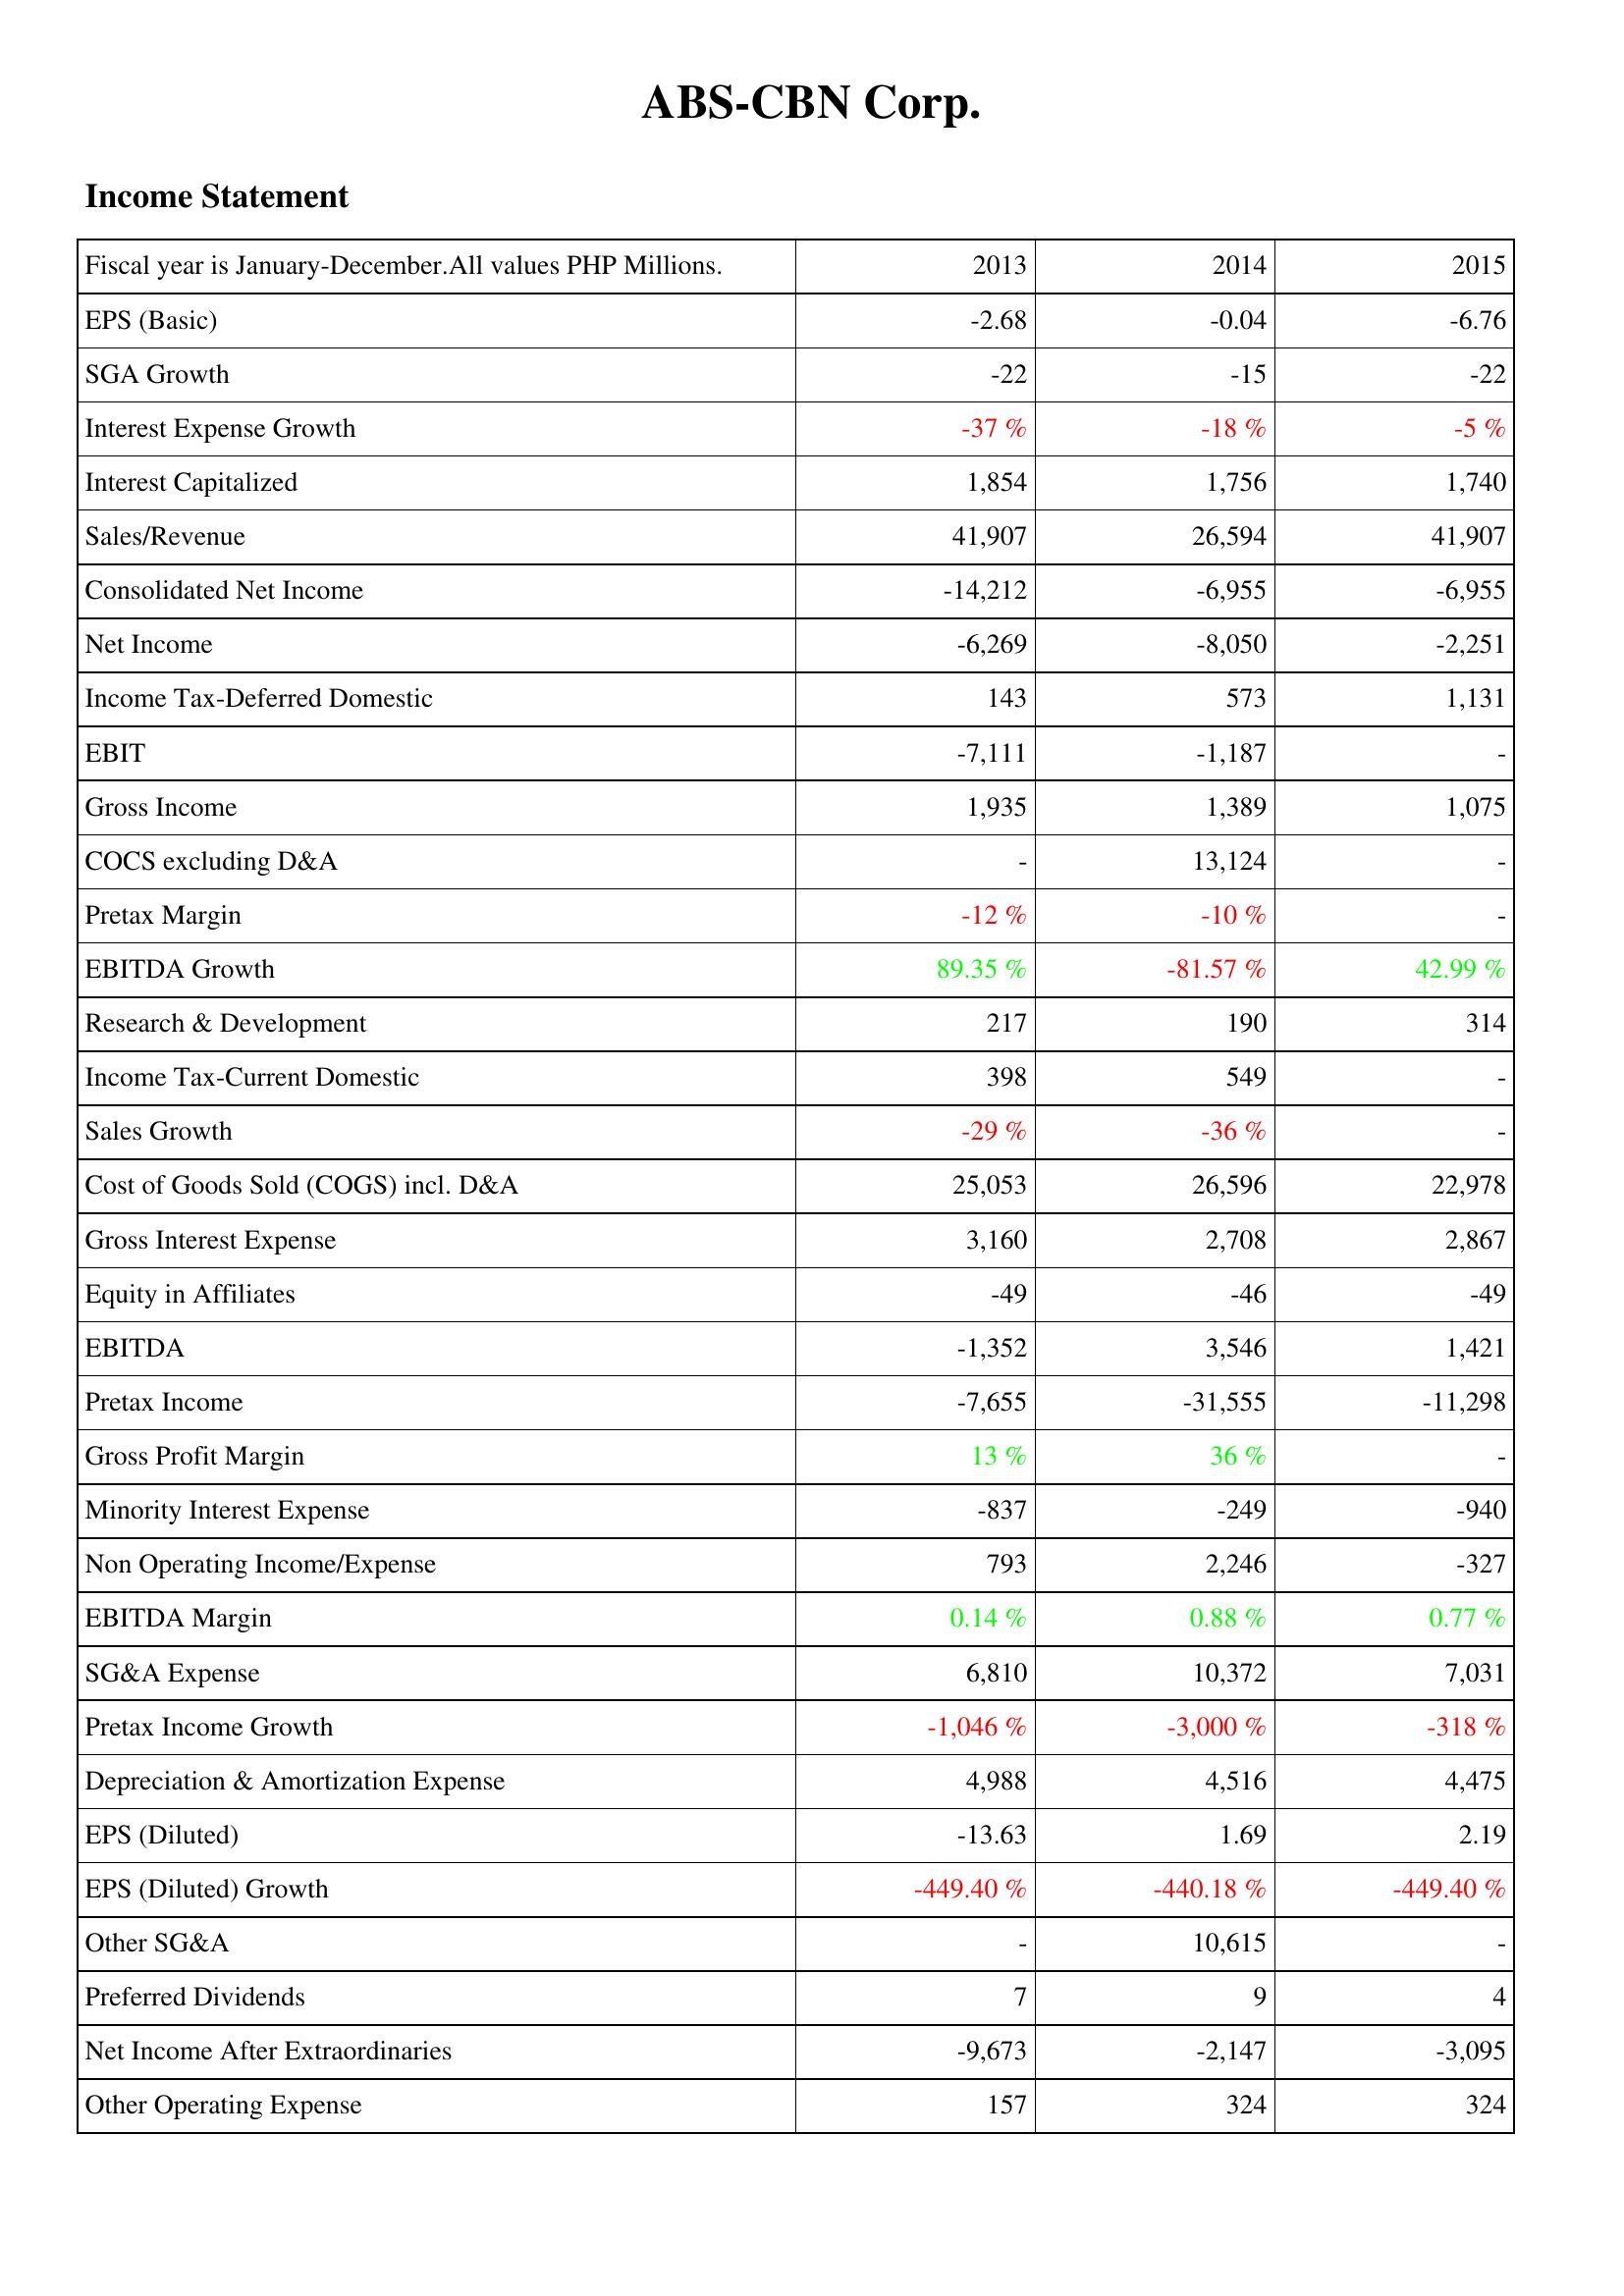
2013: Income Statement: EPS (Basic): -2.68
SGA Growth: -22
Interest Expense Growth: -37 %
Interest Capitalized: 1,854
Sales/Revenue: 41,907
Consolidated Net Income: -14,212
Net Income: -6,269
Income Tax-Deferred Domestic: 143
EBIT: -7,111
Gross Income: 1,935
COCS excluding D&A: -
Pretax Margin: -12 %
EBITDA Growth: 89.35 %
Research & Development: 217
Income Tax-Current Domestic: 398
Sales Growth: -29 %
Cost of Goods Sold (COGS) incl. D&A: 25,053
Gross Interest Expense: 3,160
Equity in Affiliates: -49
EBITDA: -1,352
Pretax Income: -7,655
Gross Profit Margin: 13 %
Minority Interest Expense: -837
Non Operating Income/Expense: 793
EBITDA Margin: 0.14 %
SG&A Expense: 6,810
Pretax Income Growth: -1,046 %
Depreciation & Amortization Expense: 4,988
EPS (Diluted): -13.63
EPS (Diluted) Growth: -449.40 %
Other SG&A: -
Preferred Dividends: 7
Net Income After Extraordinaries: -9,673
Other Operating Expense: 157
2014: Income Statement: EPS (Basic): -0.04
SGA Growth: -15
Interest Expense Growth: -18 %
Interest Capitalized: 1,756
Sales/Revenue: 26,594
Consolidated Net Income: -6,955
Net Income: -8,050
Income Tax-Deferred Domestic: 573
EBIT: -1,187
Gross Income: 1,389
COCS excluding D&A: 13,124
Pretax Margin: -10 %
EBITDA Growth: -81.57 %
Research & Development: 190
Income Tax-Current Domestic: 549
Sales Growth: -36 %
Cost of Goods Sold (COGS) incl. D&A: 26,596
Gross Interest Expense: 2,708
Equity in Affiliates: -46
EBITDA: 3,546
Pretax Income: -31,555
Gross Profit Margin: 36 %
Minority Interest Expense: -249
Non Operating Income/Expense: 2,246
EBITDA Margin: 0.88 %
SG&A Expense: 10,372
Pretax Income Growth: -3,000 %
Depreciation & Amortization Expense: 4,516
EPS (Diluted): 1.69
EPS (Diluted) Growth: -440.18 %
Other SG&A: 10,615
Preferred Dividends: 9
Net Income After Extraordinaries: -2,147
Other Operating Expense: 324
2015: Income Statement: EPS (Basic): -6.76
SGA Growth: -22
Interest Expense Growth: -5 %
Interest Capitalized: 1,740
Sales/Revenue: 41,907
Consolidated Net Income: -6,955
Net Income: -2,251
Income Tax-Deferred Domestic: 1,131
EBIT: -
Gross Income: 1,075
COCS excluding D&A: -
Pretax Margin: -
EBITDA Growth: 42.99 %
Research & Development: 314
Income Tax-Current Domestic: -
Sales Growth: -
Cost of Goods Sold (COGS) incl. D&A: 22,978
Gross Interest Expense: 2,867
Equity in Affiliates: -49
EBITDA: 1,421
Pretax Income: -11,298
Gross Profit Margin: -
Minority Interest Expense: -940
Non Operating Income/Expense: -327
EBITDA Margin: 0.77 %
SG&A Expense: 7,031
Pretax Income Growth: -318 %
Depreciation & Amortization Expense: 4,475
EPS (Diluted): 2.19
EPS (Diluted) Growth: -449.40 %
Other SG&A: -
Preferred Dividends: 4
Net Income After Extraordinaries: -3,095
Other Operating Expense: 324